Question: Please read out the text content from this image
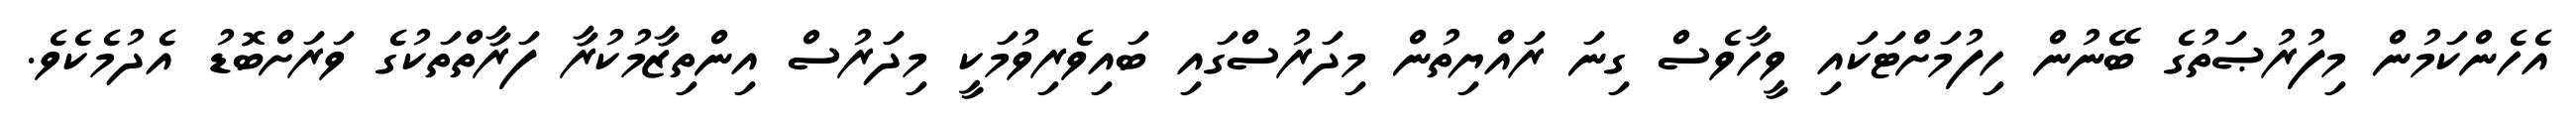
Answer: އެހެންކަމުން މިފުރުޞަތުގެ ބޭނުން ހިފުމަށްޓަކައި ވީހާވެސް ގިނަ ރައްޔިތުން މިދަރުސްގައި ބައިވެރިވުމަކީ މިދަރުސް އިންތިޒާމުކުރާ ފަރާތްތަކުގެ ވަރަށްބޮޑު އެދުމެކެވެ.